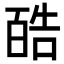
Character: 𪡬